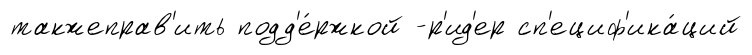
такжеправ'ить подд'е́ржкой -р'ид'ер сп'ециф'ика́ций